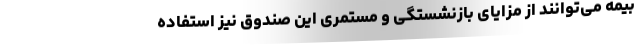
بیمه می‌توانند از مزایای بازنشستگی و مستمری این صندوق نیز استفاده